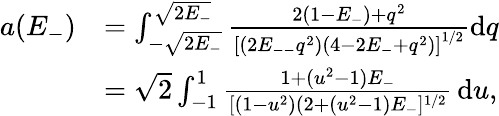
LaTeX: \begin{array}{rl}{a(E_{-})}&{=\int_{-\sqrt{2E_{-}}}^{\sqrt{2E_{-}}}\frac{2(1-E_{-})+q^{2}}{\left[(2E_{--}q^{2})(4-2E_{-}+q^{2})\right]^{1/2}}\mathrm{d}q}\\ {}&{=\sqrt{2}\int_{-1}^{1}\frac{1+(u^{2}-1)E_{-}}{[(1-u^{2})(2+(u^{2}-1)E_{-}]^{1/2}}\, \mathrm{d}u,}\end{array}